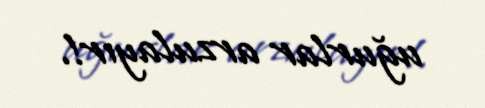
uğurlar arzulayır!.